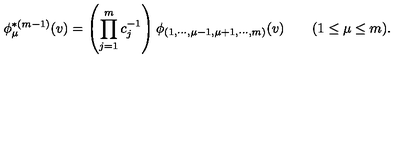
\phi _ { \mu } ^ { * ( m - 1 ) } ( v ) = \left( \prod _ { j = 1 } ^ { m } c _ { j } ^ { - 1 } \right) \phi _ { ( 1 , \cdots , \mu - 1 , \mu + 1 , \cdots , m ) } ( v ) \qquad ( 1 \le \mu \le m ) .